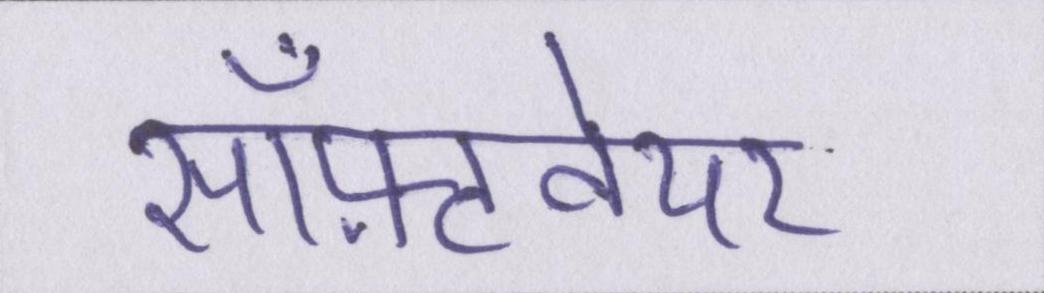
सॉफ़्टवेयर